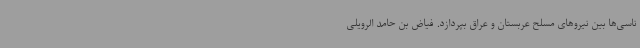
ناسی‌ها بین نیروهای مسلح عربستان و عراق بپردازد. فیاض بن حامد الرویلی